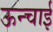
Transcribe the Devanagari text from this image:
ऊन्चाई